Sketch of the medical history of the native army of Bombay, for the year
Year: 1876
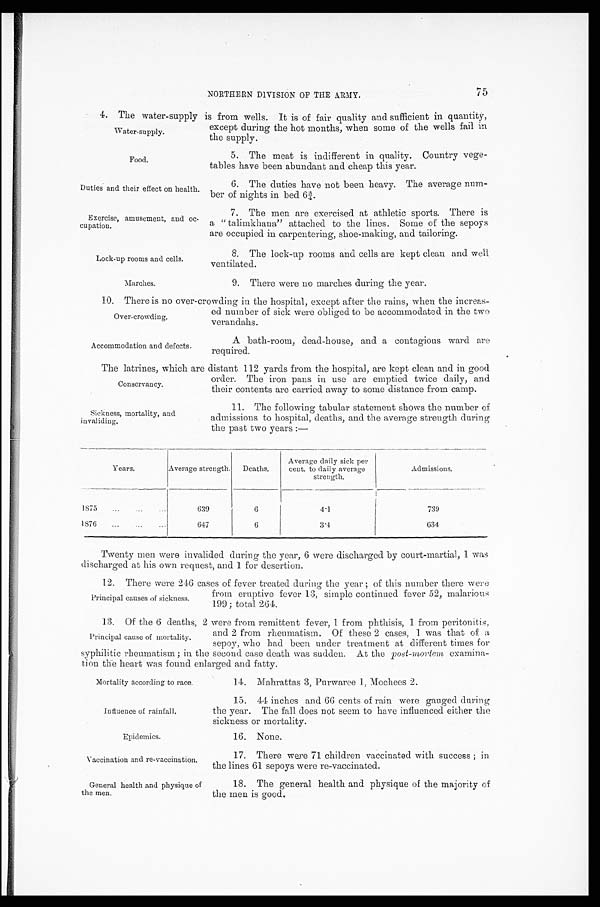
W a t e r - s u p p l y .
Food.
Duties and their effect on health.
Exercise, amusement, and oc-
cupation.
Lock-up rooms and cells.
Marches.
NORTHERN DIVISION OF THE ARMY. 7 5
4. The water-supply is from wells. It is of fair quality and sufficient in quantity,
except during the hot months, when some of the wells fail in
the supply.
5. The meat is indifferent in quality. Country vege-
tables have been abundant and cheap this year.
6. The duties have not been heavy. The average num-
ber of nights in bed 6¾.
7. The men are exercised at athletic sports. There is
a “talimkhana” attached to the lines. Some of the sepoys
are occupied in carpentering, shoe-making, and tailoring.
8. The lock-up rooms and cells are kept clean and well
ventilated.
9. There were no marches during the year.
10. There is no over-crowding in the hospital, except after the rains, when the increas
-ed number of sick were obliged to be accommodated in the two
verandahs.
Over-crowding.
A bath-room, dead-house, and a contagious ward are
required.
Accommodation and defects.
The latrines, which are distant 112 yards from the hospital, are kept clean and in good
order. The iron pans in use are emptied twice daily, and
their contents are carried away to some distance from camp.
Conservancy.
Sickness, mortality, and
invaliding.
11. The following tabular statement shows the number of
admissions to hospital, deaths, and the average strength during
the past two years :—
Years.
Average strength.
Deaths.
Average daily sick per
cent. to daily average
strength.
Admissions.
1875
...
... ...
639
6
4.1
739
1876 ... ... ...
647
6
3 . 4
634
Twenty men were invalided during the year, 6 were discharged by court-martial, I was
discharged at his own request, and 1 for desertion.
12. There were 246 cases of fever treated during the year ; of this number there were
from eruptive fever 13, simple continued fever 52, malarious
199; total 264.
13. Of the 6 deaths, 2 were from remittent fever, 1 from phthisis, 1 from peritonitis,
and 2 from rheumatism. Of these 2 cases, I was that of a
sepoy, who had been under treatment at different times for
syphilitic rheumatism; in the second case death was sudden. At the post-mortem examina
-tion the heart was found enlarged and fatty.
Principal causes of sickness.
Principal cause of mortality.
Mortality according to race.
Influence of rainfall.
Epidemics.
Vaccination and re-vaccination.
General health and physique of
the men.
14. Mahrattas 3, Purwaree 1, Mochees 2.
15. 44 inches and 66 cents of rain were gauged during
the year. The fall does not seem to have influenced either the
sickness or mortality.
16. None.
17. There were 71 children vaccinated with success ; in
the lines 61 sepoys were re-vaccinated.
18. The general health and physique of the majority of
the men is good.